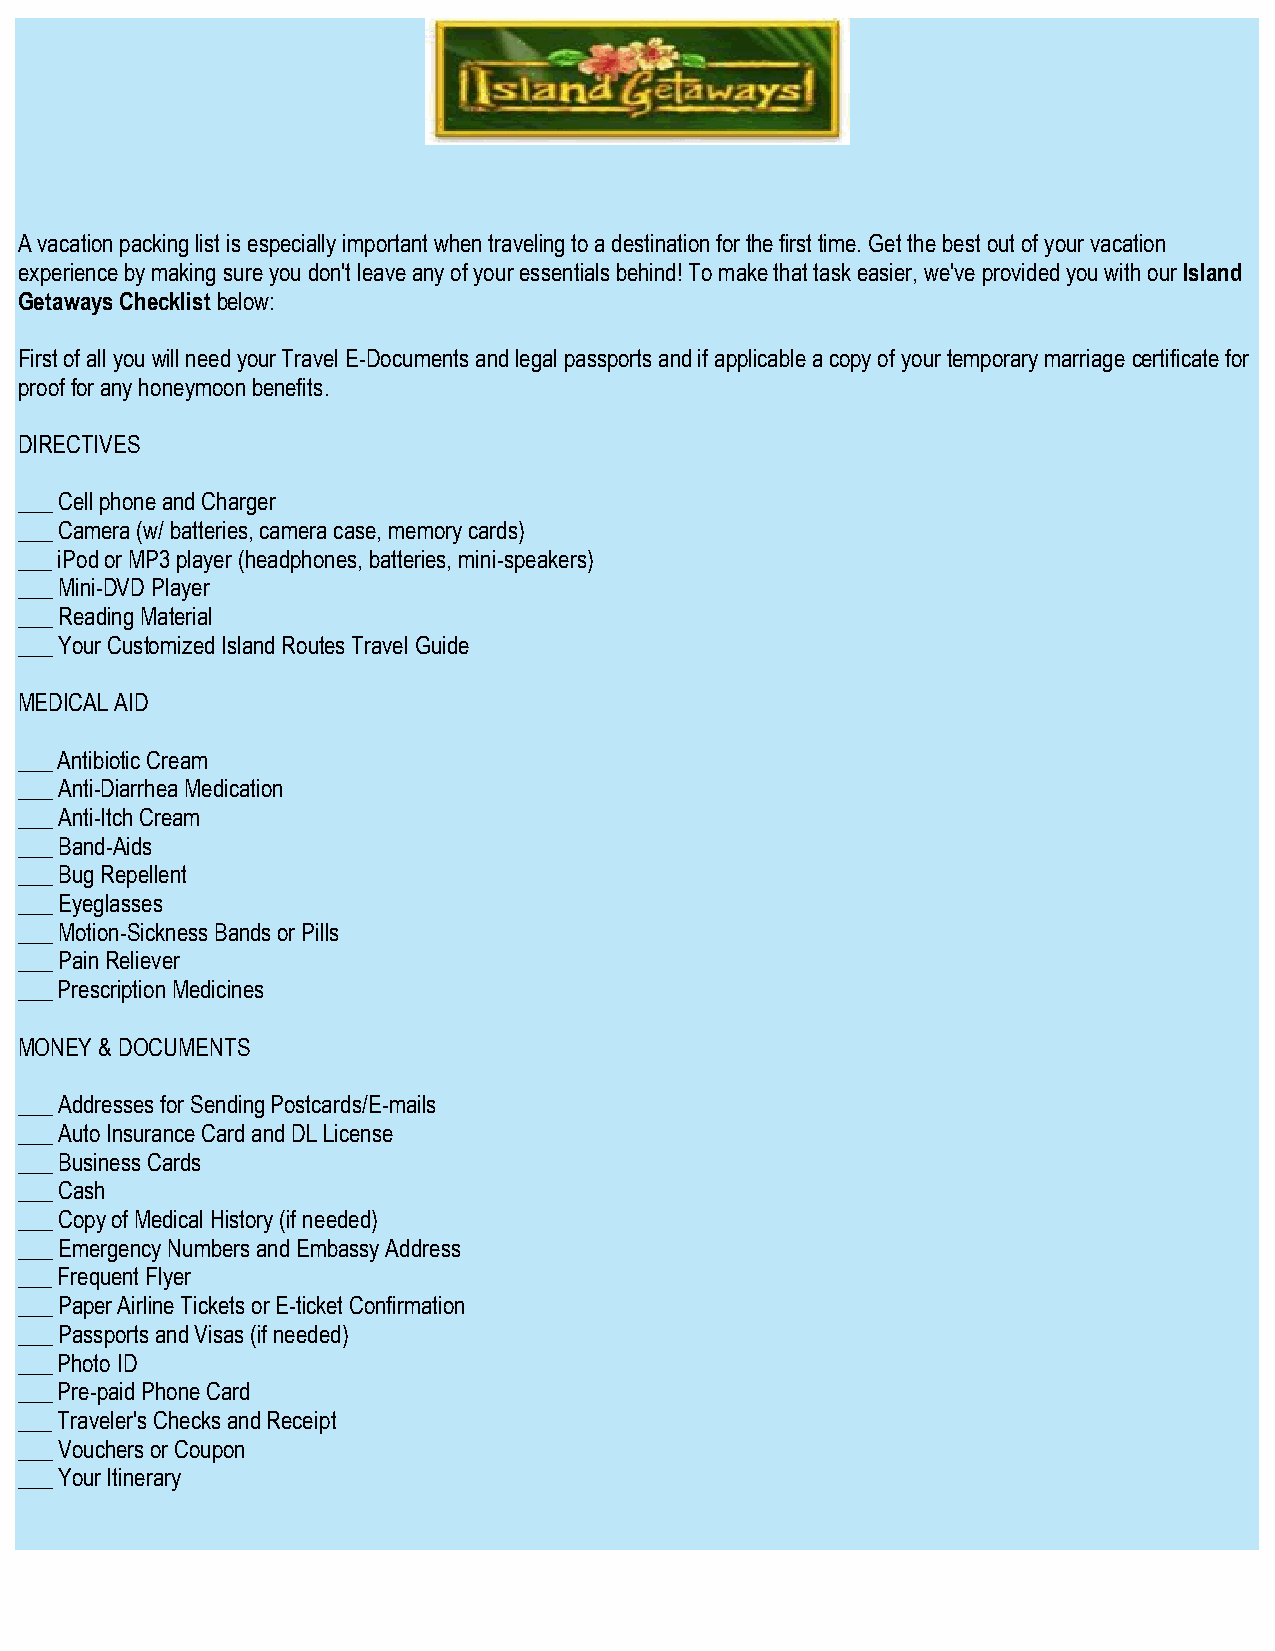
A vacation packing list is especially important when traveling to a destination for the first time. Get the best out of your vacation
 experience by making sure you don't leave any of your essentials behind! To make that task easier, we've provided you with our Island
 Getaways Checklist below:
 First of all you will need your Travel E-Documents and legal passports and if applicable a copy of your temporary marriage certificate for
 proof for any honeymoon benefits.
 DIRECTIVES
 ___ Cell phone and Charger
 ___ Camera (w/ batteries, camera case, memory cards)
 ___ iPod or MP3 player (headphones, batteries, mini-speakers)
 ___ Mini-DVD Player
 ___ Reading Material
 ___ Your Customized Island Routes Travel Guide
 MEDICAL AID
 ___ Antibiotic Cream
 ___ Anti-Diarrhea Medication
 ___ Anti-Itch Cream
 ___ Band-Aids
 ___ Bug Repellent
 ___ Eyeglasses
 ___ Motion-Sickness Bands or Pills
 ___ Pain Reliever
 ___ Prescription Medicines
 MONEY & DOCUMENTS
 ___ Addresses for Sending Postcards/E-mails
 ___ Auto Insurance Card and DL License
 ___ Business Cards
 ___ Cash
 ___ Copy of Medical History (if needed)
 ___ Emergency Numbers and Embassy Address
 ___ Frequent Flyer
 ___ Paper Airline Tickets or E-ticket Confirmation
 ___ Passports and Visas (if needed)
 ___ Photo ID
 ___ Pre-paid Phone Card
 ___ Traveler's Checks and Receipt
 ___ Vouchers or Coupon
 ___ Your Itinerary